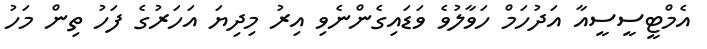
އެމްޓީސީސީއާ އަދުހަމް ހަވާލުވެ ވަޑައިގެންނެވި އިރު މިދިޔަ އަހަރުގެ ފަހު ތިން މަހު